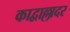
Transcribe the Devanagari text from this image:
काद्वाल्लादर